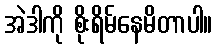
အဲဒါကို စိုးရိမ်နေမိတာပါ။